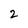
Character: 2